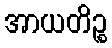
အာယတိဉ္စ